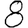
Digit: 8